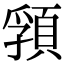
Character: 𩓖